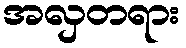
အလှတရား